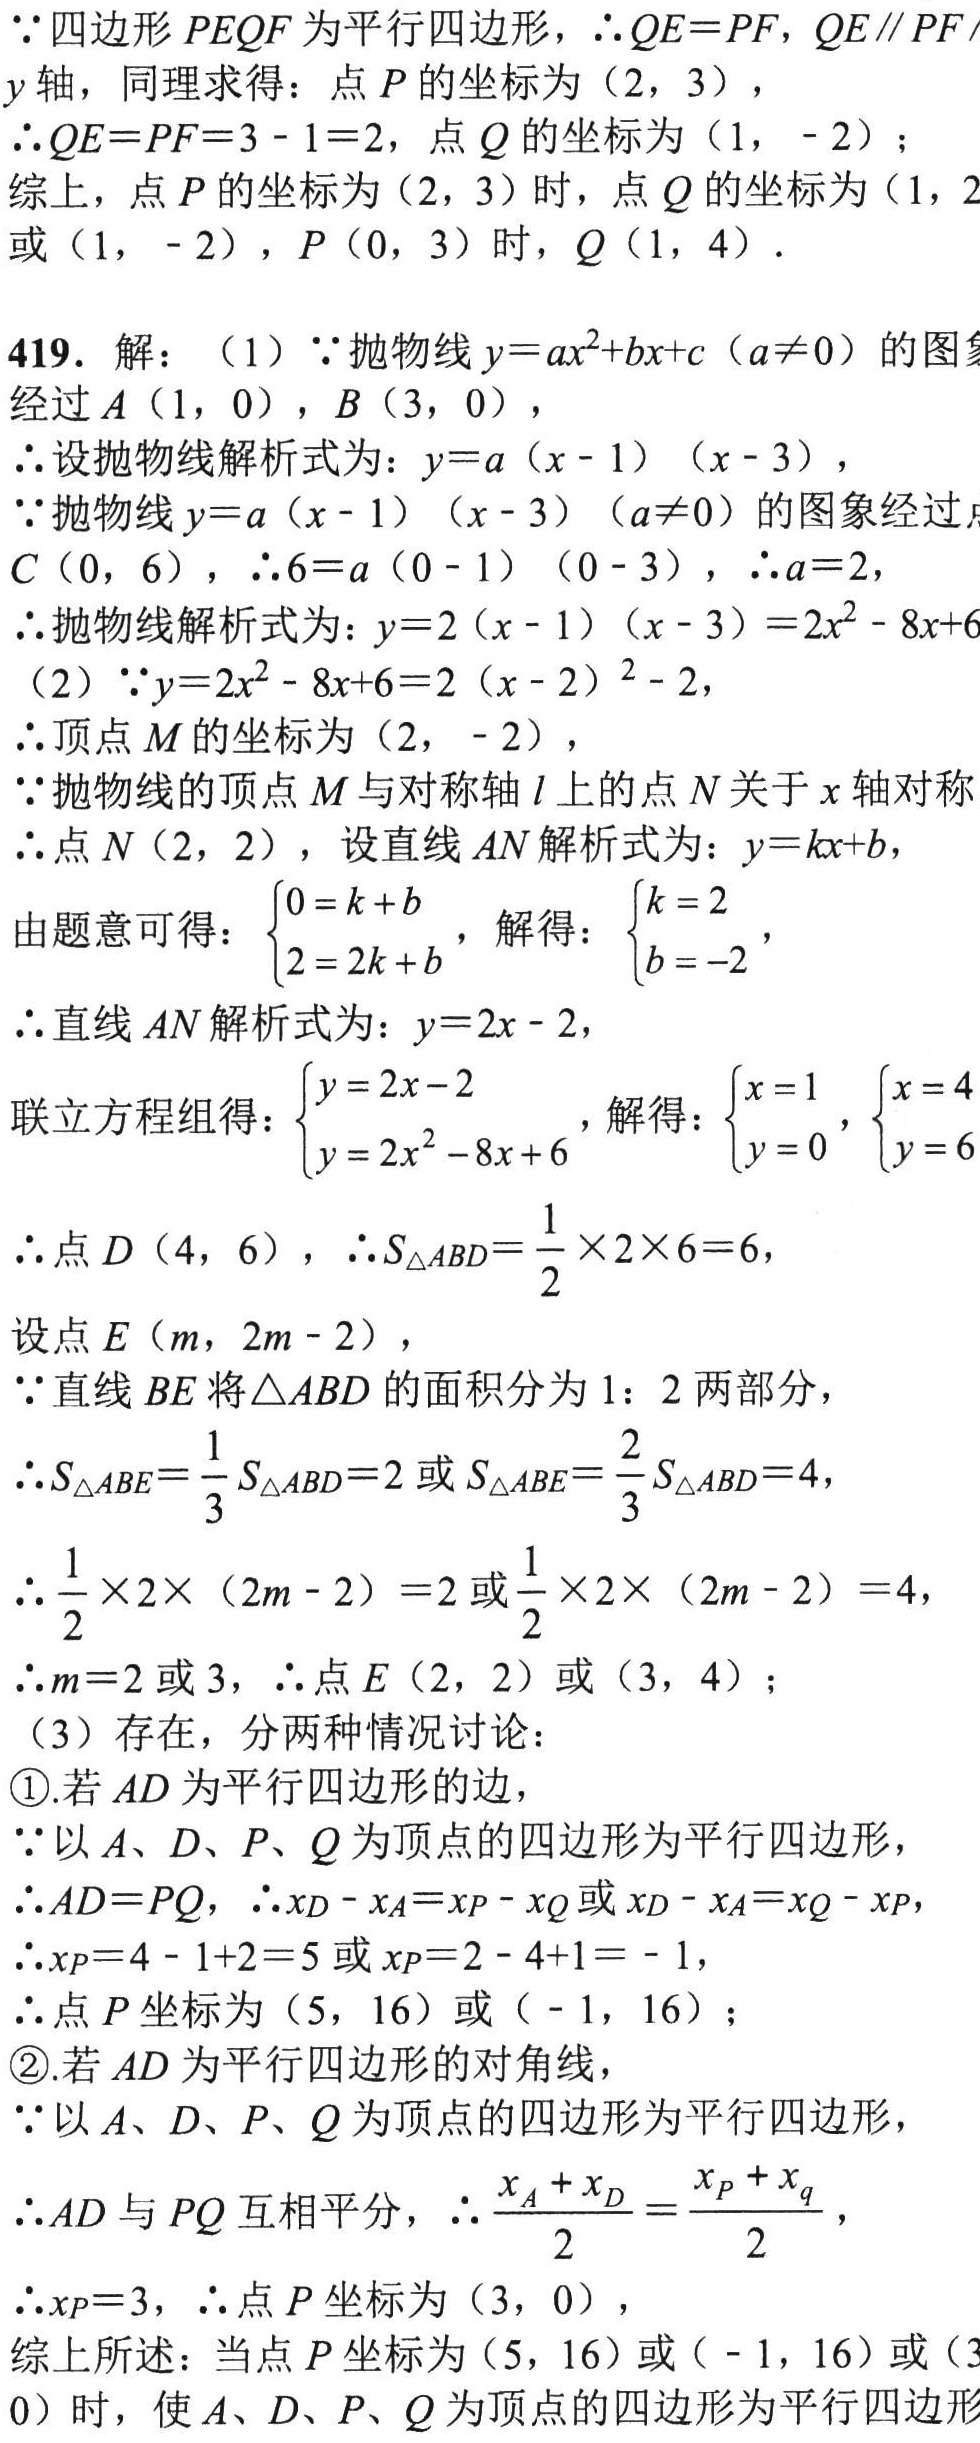
\(\because\)四边形 \(PEQF\) 为平行四边形，\(\therefore QE = PF\)，\(QE\parallel PF\) 轴，同理求得：点 \(P\) 的坐标为 \((2,3)\)，
\(\therefore QE = PF = 3 - 1 = 2\)，点 \(Q\) 的坐标为 \((1,-2)\)；
综上，点 \(P\) 的坐标为 \((2,3)\) 时，点 \(Q\) 的坐标为 \((1,-2)\) 或 \((1,-2)\)，\(P(0,3)\) 时，\(Q(1,4)\)．
419. 解：（1）\(\because\)抛物线 \(y = ax^{2}+bx + c(a\neq0)\) 的图象经过 \(A(1,0)\)，\(B(3,0)\)，
\(\therefore\)设抛物线解析式为：\(y = a(x - 1)(x - 3)\)，
\(\because\)抛物线 \(y = a(x - 1)(x - 3)(a\neq0)\) 的图象经过点 \(C(0,6)\)，\(\therefore6 = a(0 - 1)(0 - 3)\)，\(\therefore a = 2\)，
\(\therefore\)抛物线解析式为：\(y = 2(x - 1)(x - 3)=2x^{2}-8x + 6\)
（2）\(\because y = 2x^{2}-8x + 6 = 2(x - 2)^{2}-2\)，
\(\therefore\)顶点 \(M\) 的坐标为 \((2,-2)\)，
\(\because\)抛物线的顶点 \(M\) 与对称轴 \(l\) 上的点 \(N\) 关于 \(x\) 轴对称
\(\therefore\)点 \(N(2,2)\)，设直线 \(AN\) 解析式为：\(y = kx + b\)，
由题意可得：\(\begin{cases}0 = k + b\\2 = 2k + b\end{cases}\)，解得：\(\begin{cases}k = 2\\b = - 2\end{cases}\)，
\(\therefore\)直线 \(AN\) 解析式为：\(y = 2x - 2\)，
联立方程组得：\(\begin{cases}y = 2x - 2\\y = 2x^{2}-8x + 6\end{cases}\)，解得：\(\begin{cases}x = 1\\y = 0\end{cases}\)，\(\begin{cases}x = 4\\y = 6\end{cases}\)
\(\therefore\)点 \(D(4,6)\)，\(\therefore S_{\triangle ABD}=\dfrac{1}{2}\times2\times6 = 6\)，
设点 \(E(m,2m - 2)\)，
\(\because\)直线 \(BE\) 将 \(\triangle ABD\) 的面积分为 \(1:2\) 两部分，
\(\therefore S_{\triangle ABE}=\dfrac{1}{3}S_{\triangle ABD}=2\) 或 \(S_{\triangle ABE}=\dfrac{2}{3}S_{\triangle ABD}=4\)，
\(\therefore\dfrac{1}{2}\times2\times(2m - 2)=2\) 或 \(\dfrac{1}{2}\times2\times(2m - 2)=4\)，
\(\therefore m = 2\) 或 \(3\)，\(\therefore\)点 \(E(2,2)\) 或 \((3,4)\)；
（3）存在，分两种情况讨论：
\textcircled{1}.若 \(AD\) 为平行四边形的边，
\(\because\)以 \(A、D、P、Q\) 为顶点的四边形为平行四边形，
\(\therefore AD = PQ\)，\(\therefore x_{D}-x_{A}=x_{P}-x_{Q}\) 或 \(x_{D}-x_{A}=x_{Q}-x_{P}\)，
\(\therefore x_{P}=4 - 1+2 = 5\) 或 \(x_{P}=2 - 4+1=-1\)，
\(\therefore\)点 \(P\) 坐标为 \((5,16)\) 或 \((-1,16)\)；
\textcircled{2}.若 \(AD\) 为平行四边形的对角线，
\(\because\)以 \(A、D、P、Q\) 为顶点的四边形为平行四边形，
\(\therefore AD\) 与 \(PQ\) 互相平分，\(\therefore\dfrac{x_{A}+x_{D}}{2}=\dfrac{x_{P}+x_{q}}{2}\)，
\(\therefore x_{P}=3\)，\(\therefore\)点 \(P\) 坐标为 \((3,0)\)，
综上所述：当点 \(P\) 坐标为 \((5,16)\) 或 \((-1,16)\) 或 \((3,0)\) 时，使 \(A、D、P、Q\) 为顶点的四边形为平行四边形